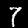
Label: 7